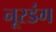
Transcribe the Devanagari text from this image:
नूरडंग